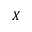
X